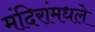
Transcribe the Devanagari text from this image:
मंदिरांमधले